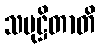
သမုဋ္ဌိတာတိ